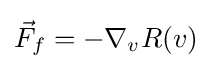
{\vec {F}}_{f}=-\nabla _{v}R(v)